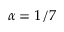
\alpha = 1 / 7